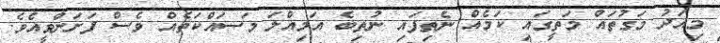
މިއަދު މަގުތައް މަތީގައި ކަމެއް ނެތިފައި ނުތިބެ އަމިއްލަ މަސައްކަތެއް ވެސް ފަށަންވީއެވެ.